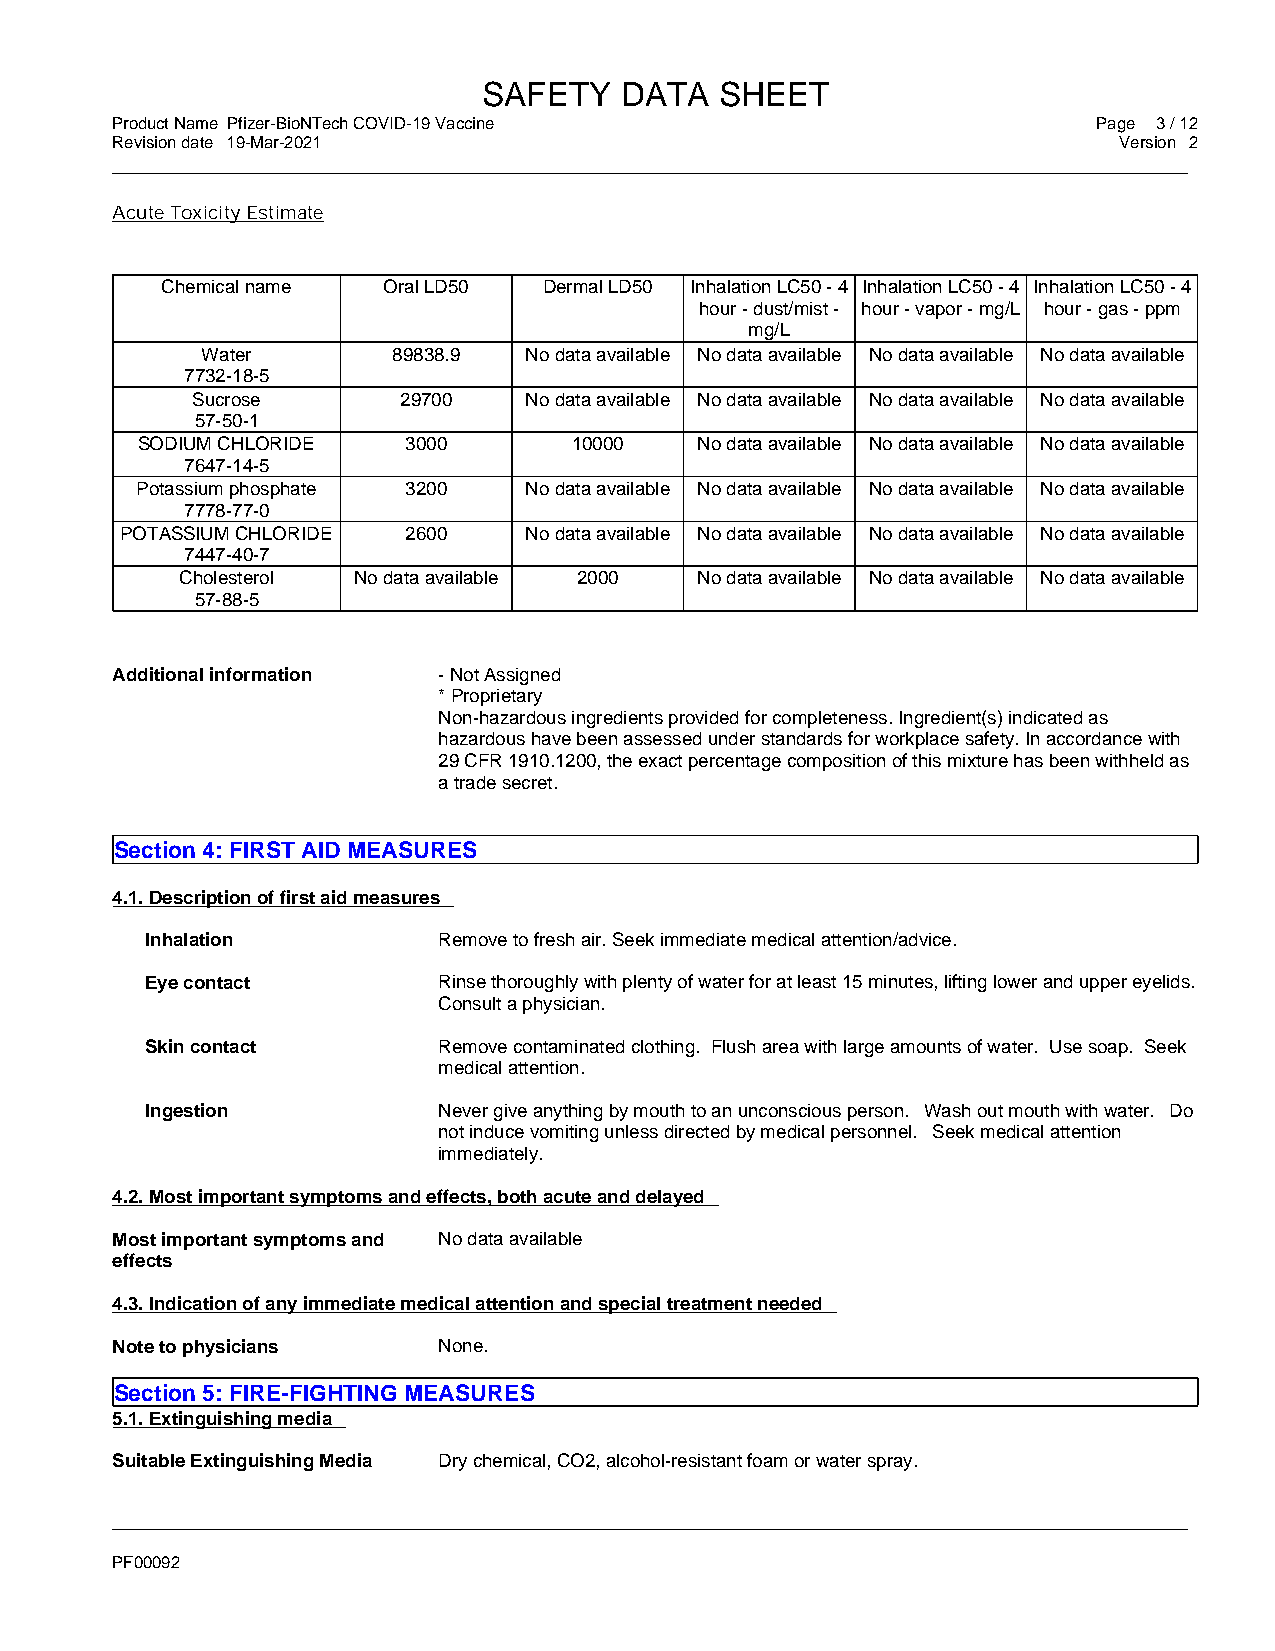
SAFETY   DATA   SHEET
 Product Name Pfizer-BioNTech COVID-19 Vaccine                     Page 3 / 12
 Revision date 19-Mar-2021                                          Version 2
 _____________________________________________________________________________________________
 Acute Toxicity Estimate
 Chemical name Oral LD50  Dermal LD50 Inhalation LC50 - 4 Inhalation LC50 - 4 Inhalation LC50 - 4
 hour - dust/mist - hour - vapor - mg/L hour - gas - ppm
 mg/L
 Water        89838.9  No data available No data available No data available No data available
 7732-18-5
 Sucrose      29700    No data available No data available No data available No data available
 57-50-1
 SODIUM CHLORIDE   3000       10000   No data available No data available No data available
 7647-14-5
 Potassium phosphate 3200  No data available No data available No data available No data available
 7778-77-0
 POTASSIUM CHLORIDE 2600    No data available No data available No data available No data available
 7447-40-7
 Cholesterol No data available 2000 No data available No data available No data available
 57-88-5
 Additional information - Not Assigned
 * Proprietary
 Non-hazardous ingredients provided for completeness. Ingredient(s) indicated as
 hazardous have been assessed under standards for workplace safety. In accordance with
 29 CFR 1910.1200, the exact percentage composition of this mixture has been withheld as
 a trade secret.
 Section 4: FIRST AID MEASURES
 4.1. Description of first aid measures
 Inhalation         Remove to fresh air. Seek immediate medical attention/advice.
 Eye contact        Rinse thoroughly with plenty of water for at least 15 minutes, lifting lower and upper eyelids.
 Consult a physician.
 Skin contact       Remove contaminated clothing. Flush area with large amounts of water. Use soap. Seek
 medical attention.
 Ingestion          Never give anything by mouth to an unconscious person. Wash out mouth with water. Do
 not induce vomiting unless directed by medical personnel. Seek medical attention
 immediately.
 4.2. Most important symptoms and effects, both acute and delayed
 Most important symptoms and No data available
 effects
 4.3. Indication of any immediate medical attention and special treatment needed
 Note to physicians    None.
 Section 5: FIRE-FIGHTING MEASURES
 5.1. Extinguishing media
 Suitable Extinguishing Media Dry chemical, CO2, alcohol-resistant foam or water spray.
 _____________________________________________________________________________________________
 PF00092